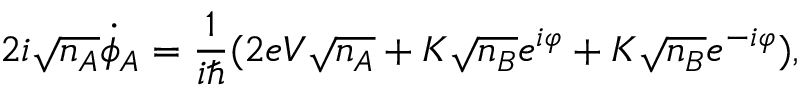
2 i { \sqrt { n _ { A } } } { \dot { \phi } } _ { A } = { \frac { 1 } { i \hbar } } ( 2 e V { \sqrt { n _ { A } } } + K { \sqrt { n _ { B } } } e ^ { i \varphi } + K { \sqrt { n _ { B } } } e ^ { - i \varphi } ) ,